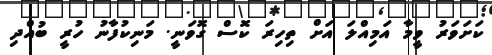
ކަށަވަރު ވީމާ އަމިއްލަ އަށް ތިހިރަ ކޮސް ގޮވަނީ. މަނިކުފާނު ހުރީ ބުއްދި